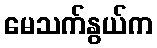
မေသက်နွယ်က